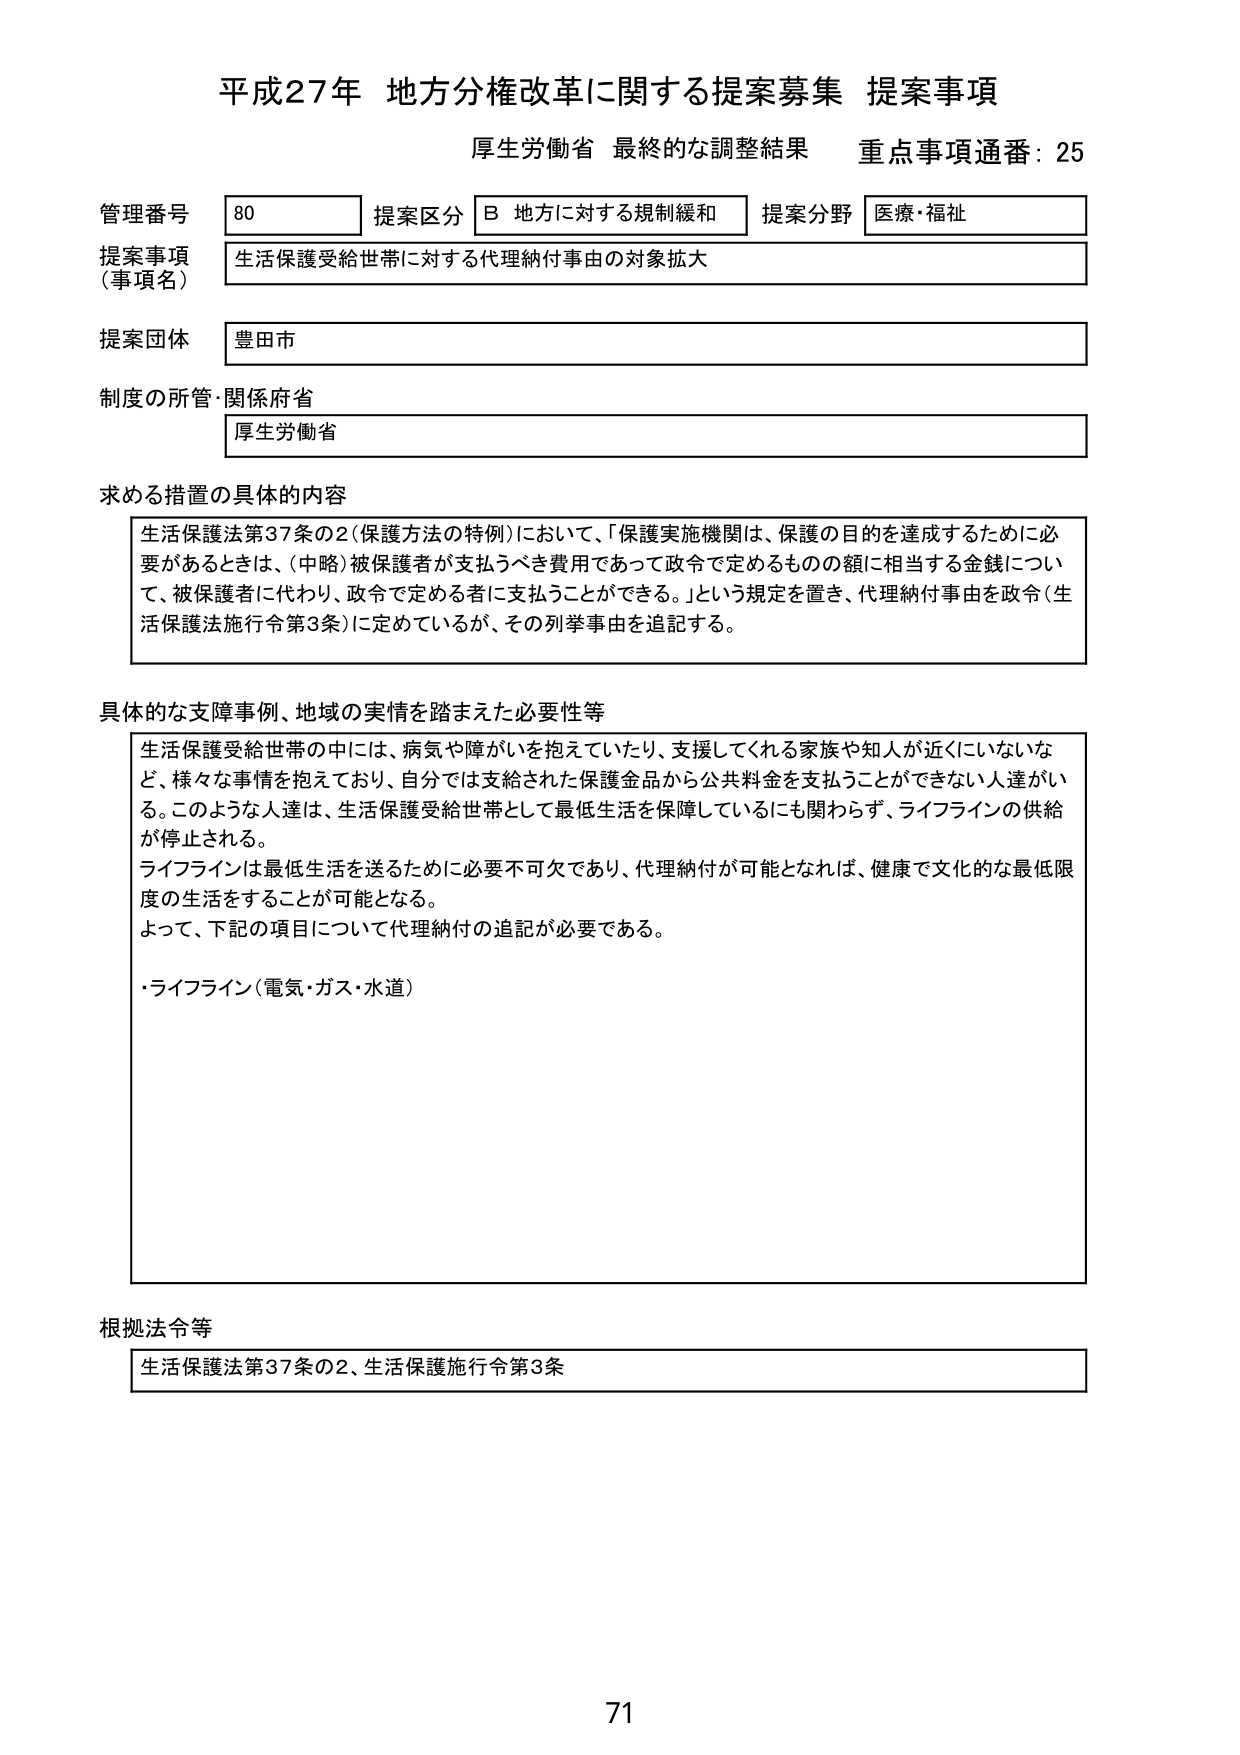
平成27年 地方分権改革に関する提案募集 提案事項
厚生労働省 最終的な調整結果 重点事項通番：25

管理番号 80 提案区分 B 地方に対する規制緩和 提案分野 医療・福祉
提案事項（事項名） 生活保護受給世帯に対する代理納付事由の対象拡大
提案団体 豊田市
制度の所管・関係府省 厚生労働省

求める措置の具体的内容
生活保護法第37条の2（保護方法の特例）において、「保護実施機関は、保護の目的を達成するために必要があるときは、（中略）被保護者が支払うべき費用であって政令で定めるものの額に相当する金銭について、被保護者に代わり、政令で定める者に支払うことができる。」という規定を置き、代理納付事由を政令（生活保護法施行令第3条）に定めているが、その列挙事由を追記する。

具体的な支障事例、地域の実情を踏まえた必要性等
生活保護受給世帯の中には、病気や障がいを抱えていたり、支援してくれる家族や知人が近くにいないなど、様々な事情を抱えており、自分では支給された保護金品から公共料金を支払うことができない人達がいる。このような人達は、生活保護受給世帯として最低生活を保障しているにも関わらず、ライフラインの供給が停止される。
ライフラインは最低生活を送るために必要不可欠であり、代理納付が可能となれば、健康で文化的な最低限度の生活をすることが可能となる。
よって、下記の項目について代理納付の追記が必要である。
・ライフライン（電気・ガス・水道）

根拠法令等
生活保護法第37条の2、生活保護施行令第3条

71